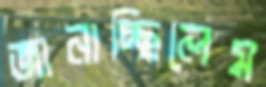
জানাচ্ছিলেম